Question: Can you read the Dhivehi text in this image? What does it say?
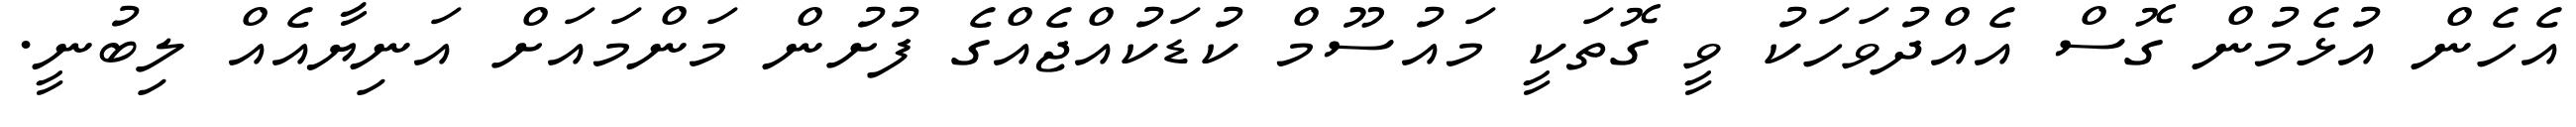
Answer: އެހެން އުޅެމުން ގޮސް އެއްދުވަހަކު ވީ ގޮތަކީ މައުސޫމް ކުޑަކުއްޖެއްގެ ފުށުން މަންމައަށް އަނިޔާއެއް ލިބުނީ.